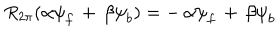
LaTeX: R _ { 2 \pi } ( { \alpha } { \psi } _ { f } \, + \, { \beta } { \psi } _ { b } ) = - \, { \alpha } { \psi } _ { f } \, + \, { \beta } { \psi } _ { b }